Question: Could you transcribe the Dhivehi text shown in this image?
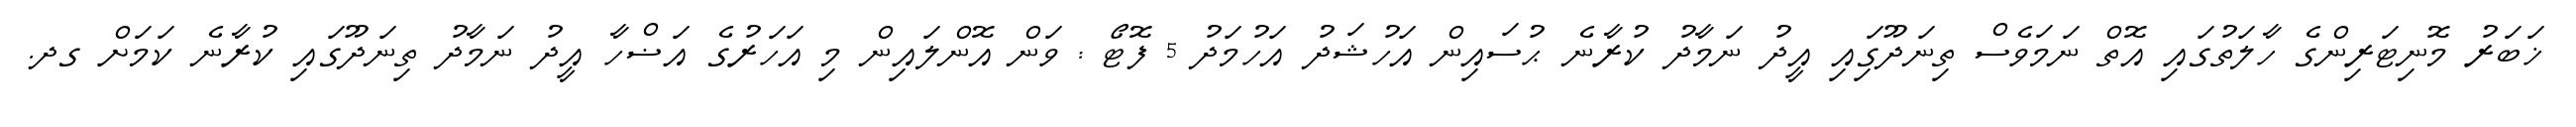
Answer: ޚަބަރު މޮނިޓަރިންގެ ހާލަތުގައި އޮތް ނަމަވެސް ތިނަދޫގަިއި އީދު ނަމާދު ކުރާނެ ޙުސައިން އަހުޝަދު އަހުމަދު 5 ފޮޓޯ : ވަން އޮންލައިން މި އަހަރުގެ އަޟްހާ އީދު ނަމާދު ތިނަދޫގައި ކުރާނެ ކަމަށް ގދ.